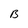
Character: B